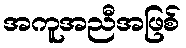
အကူအညီအဖြစ်